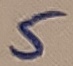
Text: 5